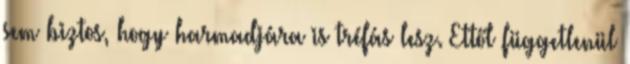
sem biztos, hogy harmadjára is tréfás lesz. Ettől függetlenül